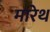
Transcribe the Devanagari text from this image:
मारेथ